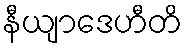
နီယျာဒေဟီတိ